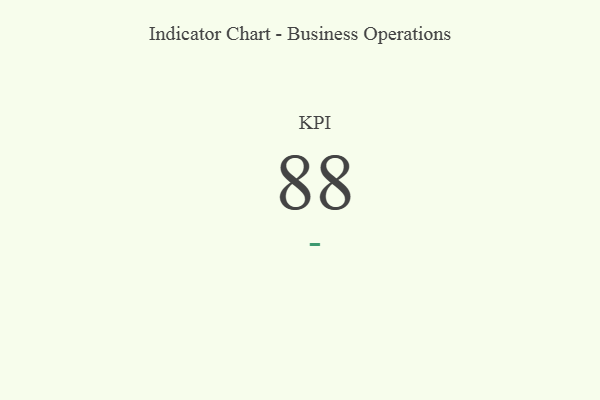
{"axis": {"x": "KPI", "y": "Value"}, "legend": [""], "data": [{"x": "KPI", "y": 88, "type": ""}]}